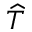
\widehat { T }